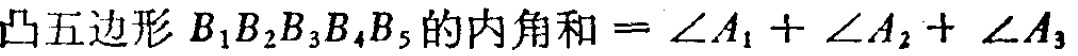
凸五边形 \(B_{1}B_{2}B_{3}B_{4}B_{5}\)的内角和\(=\angle A_{1}+\angle A_{2}+\angle A_{3}\)